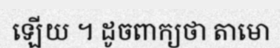
ឡើយ ។ ដូចពាក្យថា តាមោ